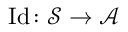
\operatorname { I d } \colon { \mathcal { S } } \to { \mathcal { A } }